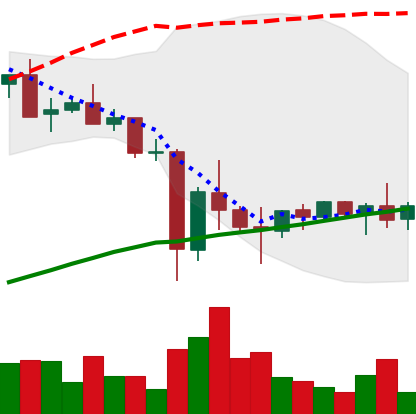
Ticker: XMR-USD
Chart end date: 2021-05-30
Forward return: 9.579%
Label: up_7plus